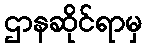
ဌာနဆိုင်ရာမှ